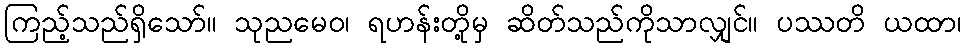
ကြည့်သည်ရှိသော်။ သုညမေဝ၊ ရဟန်းတို့မှ ဆိတ်သည်ကိုသာလျှင်။ ပဿတိ ယထာ၊